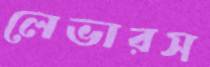
লেভারস